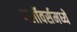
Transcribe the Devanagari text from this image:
फ्लॉवर्समध्ये